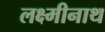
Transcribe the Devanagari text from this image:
लक्ष्मीनाथ